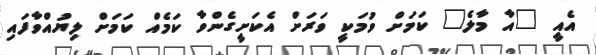
އެއީ "އާ މާލެ" ކަމަށް ވުމަކީ ވަރަށް އެކަށީގެންވާ ކަމެއް ކަމަށް ލިޔުއްވާފައި